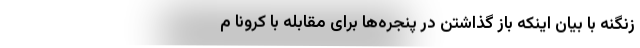
زنگنه با بیان اینکه باز گذاشتن در پنجره‌ها برای مقابله با کرونا م